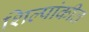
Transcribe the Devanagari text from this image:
शिल्पांकीत